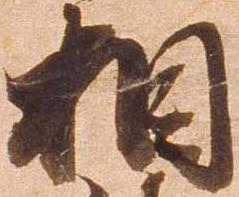
相